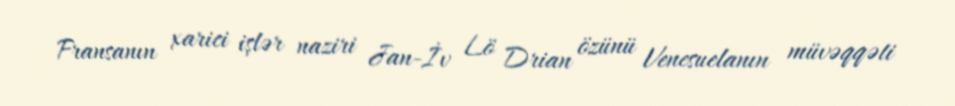
Fransanın xarici işlər naziri Jan-İv Lö Drian özünü Venesuelanın müvəqqəti